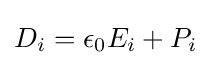
D_{i}=\epsilon _{0}E_{i}+P_{i}